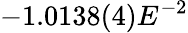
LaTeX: -1.0138(4)E^{-2}